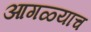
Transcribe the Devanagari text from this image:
आगळ्याच